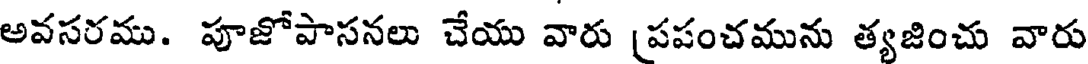
అవసరము. పూజోపాసనలు చేయు వారు [పపంచమును త్యజించు వారు